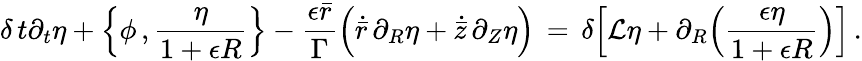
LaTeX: \delta\, t\partial_{t}\eta+\Bigl\{ \phi\, ,\frac{\eta}{1+\epsilon R}\Bigr\} -\frac{\epsilon\bar{r}}{\Gamma}\Bigl(\dot{\bar{r}}\, \partial_{R}\eta+\dot{\bar{z}}\, \partial_{Z}\eta\Bigr)\, =\, \delta\Bigl[\mathcal{L}\eta+\partial_{R}\Bigl(\frac{\epsilon\eta}{1+\epsilon R}\Bigr)\Bigr]\, .